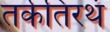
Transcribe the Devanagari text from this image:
तर्कतिरथं